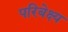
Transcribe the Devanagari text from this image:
परिबेक्ष्य